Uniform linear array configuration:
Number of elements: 48
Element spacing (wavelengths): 0.75
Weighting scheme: blackman
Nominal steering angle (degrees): -45
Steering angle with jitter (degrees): -43.29
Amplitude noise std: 0.05
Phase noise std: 0.05

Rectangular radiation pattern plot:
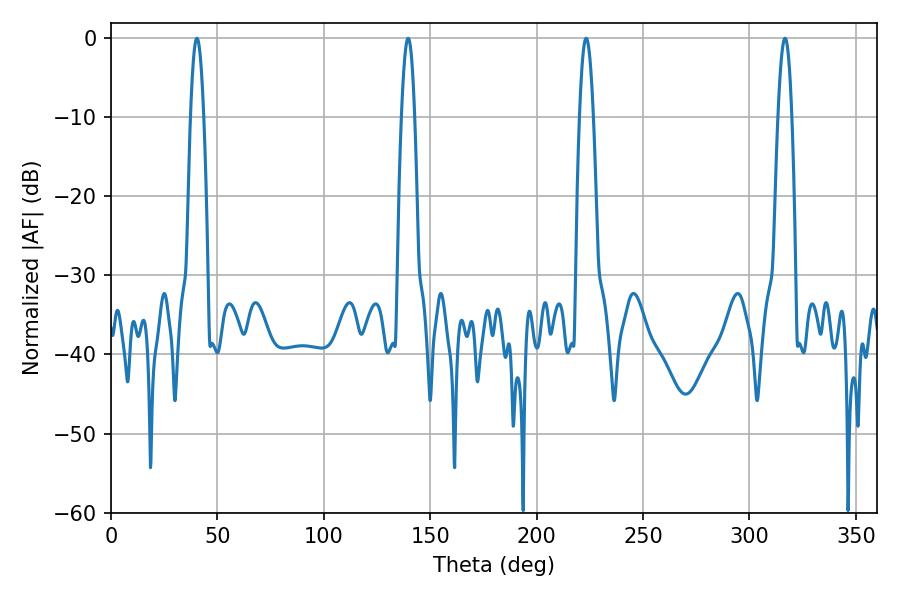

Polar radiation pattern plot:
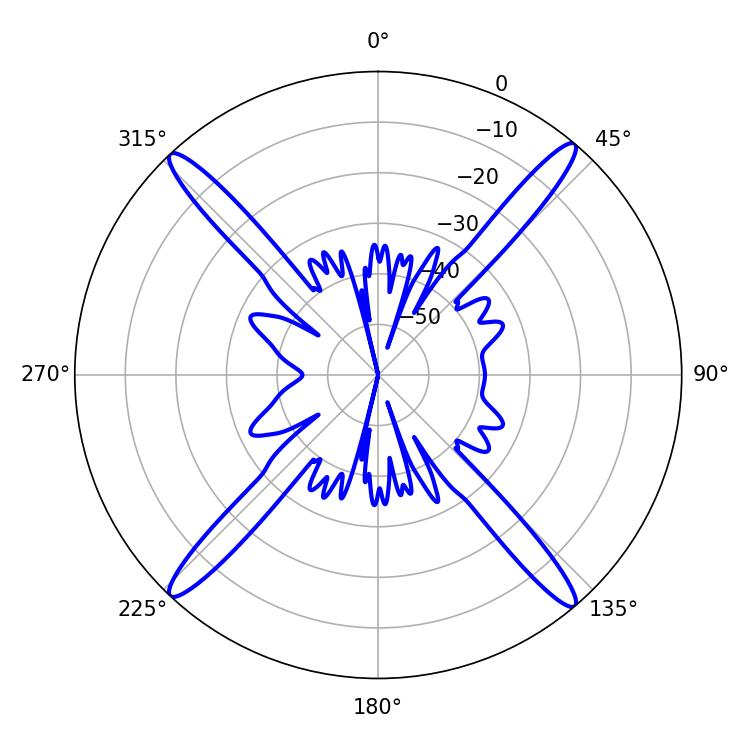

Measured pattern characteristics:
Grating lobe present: TRUE
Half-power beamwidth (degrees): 3.42
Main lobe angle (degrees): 40.32